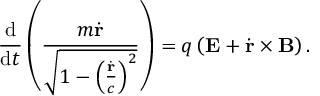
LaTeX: { \frac { \mathrm { d } } { \mathrm { d } t } } \left( { \frac { m { \dot { \mathbf { r } } } } { \sqrt { 1 - \left( { \frac { \dot { \mathbf { r } } } { c } } \right) ^ { 2 } } } } \right) = q \left( \mathbf { E } + { \dot { \mathbf { r } } } \times \mathbf { B } \right) . \,